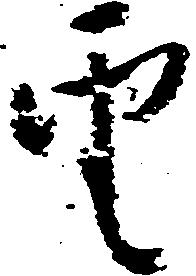
雲